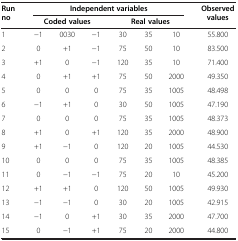
<table><thead><tr><td rowspan="2"><b>Run no</b></td><td colspan="6"><b>Independent variables</b></td><td rowspan="2"><b>Observed values</b></td></tr><tr><td colspan="3"><b>Coded values</b></td><td colspan="3"><b>Real values</b></td></tr></thead><tbody><tr><td>1</td><td>-1</td><td>0030</td><td>-1</td><td>30</td><td>35</td><td>10</td><td>55.800</td></tr><tr><td>2</td><td>0</td><td>+1</td><td>-1</td><td>75</td><td>50</td><td>10</td><td>83.500</td></tr><tr><td>3</td><td>+1</td><td>0</td><td>-1</td><td>120</td><td>35</td><td>10</td><td>71.400</td></tr><tr><td>4</td><td>0</td><td>+1</td><td>+1</td><td>75</td><td>50</td><td>2000</td><td>49.350</td></tr><tr><td>5</td><td>0</td><td>0</td><td>0</td><td>75</td><td>35</td><td>1005</td><td>48.498</td></tr><tr><td>6</td><td>-1</td><td>+1</td><td>0</td><td>30</td><td>50</td><td>1005</td><td>47.190</td></tr><tr><td>7</td><td>0</td><td>0</td><td>0</td><td>75</td><td>35</td><td>1005</td><td>48.373</td></tr><tr><td>8</td><td>+1</td><td>0</td><td>+1</td><td>120</td><td>35</td><td>2000</td><td>48.900</td></tr><tr><td>9</td><td>+1</td><td>-1</td><td>0</td><td>120</td><td>20</td><td>1005</td><td>44.530</td></tr><tr><td>10</td><td>0</td><td>0</td><td>0</td><td>75</td><td>35</td><td>1005</td><td>48.385</td></tr><tr><td>11</td><td>0</td><td>-1</td><td>-1</td><td>75</td><td>20</td><td>10</td><td>45.200</td></tr><tr><td>12</td><td>+1</td><td>+1</td><td>0</td><td>120</td><td>50</td><td>1005</td><td>49.930</td></tr><tr><td>13</td><td>-1</td><td>-1</td><td>0</td><td>30</td><td>20</td><td>1005</td><td>42.915</td></tr><tr><td>14</td><td>-1</td><td>0</td><td>+1</td><td>30</td><td>35</td><td>2000</td><td>47.700</td></tr><tr><td>15</td><td>0</td><td>-1</td><td>+1</td><td>75</td><td>20</td><td>2000</td><td>44.800</td></tr></tbody></table>